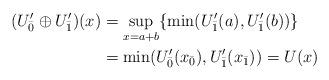
LaTeX: \begin{align*}(U^\prime_{\bar{0}}\oplus U^\prime_{\bar{1}})(x)& = \sup_{x = a+b}\{\min(U^\prime_{\bar{1}}(a), U^\prime_{\bar{1}}(b))\}\\& = \min(U^\prime_{\bar{0}}(x_{\bar{0}}), U^\prime_{\bar{1}}(x_{\bar{1}})) = U(x)\end{align*}